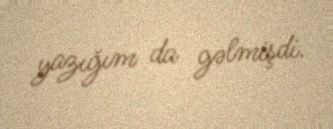
yazığım da gəlmişdi.